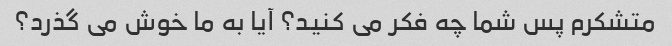
متشکرم پس شما چه فکر می کنید؟ آیا به ما خوش می گذرد؟